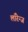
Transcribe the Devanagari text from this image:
लॉरेन्ज